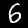
Label: 6